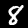
Label: 8